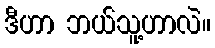
ဒီဟာ ဘယ်သူ့ဟာလဲ။